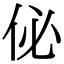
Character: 佖